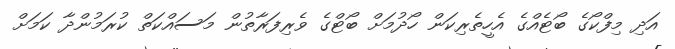
އަދި މިފްކޯގެ ބޯޓެއްގެ އެހީތެރިކަން ހޯދުމަށް ބޯޓްގެ ވެރިފަރާތުން މަސައްކަތް ކުރަމުންދާ ކަމަށް